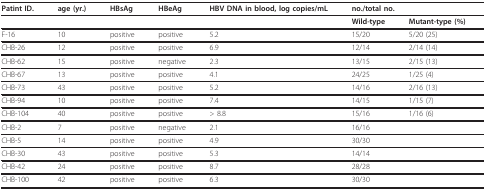
<table><thead><tr><td><b>Patint ID.</b></td><td><b>age (yr.)</b></td><td><b>HBsAg</b></td><td><b>HBeAg</b></td><td><b>HBV DNA in blood, log copies/mL</b></td><td colspan="2"><b>no./total no.</b></td></tr></thead><tbody><tr><td></td><td></td><td></td><td></td><td></td><td><b>Wild-type</b></td><td><b>Mutant-type (%)</b></td></tr><tr><td>F-16</td><td>10</td><td>positive</td><td>positive</td><td>5.2</td><td>15/20</td><td>5/20 (25)</td></tr><tr><td>CHB-26</td><td>12</td><td>positive</td><td>positive</td><td>6.9</td><td>12/14</td><td>2/14 (14)</td></tr><tr><td>CHB-62</td><td>15</td><td>positive</td><td>negative</td><td>2.3</td><td>13/15</td><td>2/15 (13)</td></tr><tr><td>CHB-67</td><td>13</td><td>positive</td><td>positive</td><td>4.1</td><td>24/25</td><td>1/25 (4)</td></tr><tr><td>CHB-73</td><td>43</td><td>positive</td><td>positive</td><td>5.2</td><td>14/16</td><td>2/16 (13)</td></tr><tr><td>CHB-94</td><td>10</td><td>positive</td><td>positive</td><td>7.4</td><td>14/15</td><td>1/15 (7)</td></tr><tr><td>CHB-104</td><td>40</td><td>positive</td><td>positive</td><td>&gt; 8.8</td><td>15/16</td><td>1/16 (6)</td></tr><tr><td>CHB-2</td><td>7</td><td>positive</td><td>negative</td><td>2.1</td><td>16/16</td><td></td></tr><tr><td>CHB-5</td><td>14</td><td>positive</td><td>positive</td><td>4.9</td><td>30/30</td><td></td></tr><tr><td>CHB-30</td><td>43</td><td>positive</td><td>positive</td><td>5.3</td><td>14/14</td><td></td></tr><tr><td>CHB-42</td><td>24</td><td>positive</td><td>positive</td><td>8.7</td><td>28/28</td><td></td></tr><tr><td>CHB-100</td><td>42</td><td>positive</td><td>positive</td><td>6.3</td><td>30/30</td><td></td></tr></tbody></table>